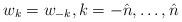
LaTeX: \begin{align*} w_k = w_{-k}, k = -\hat{n},\ldots,\hat{n}\end{align*}